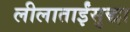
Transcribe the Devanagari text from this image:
लीलाताईंसुद्धा